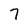
Character: 7